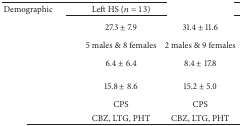
<table><thead><tr><td><b>Demographic</b></td><td><b>Left HS (<i>n</i> = 13)</b></td><td>[EMPTY_CELL]</td></tr></thead><tbody><tr><td>[EMPTY_CELL]</td><td>27.3 ± 7.9</td><td>31.4 ± 11.6</td></tr><tr><td>[EMPTY_CELL]</td><td>5 males &amp; 8 females</td><td>2 males &amp; 9 females</td></tr><tr><td>[EMPTY_CELL]</td><td>6.4 ± 6.4</td><td>8.4 ± 17.8</td></tr><tr><td>[EMPTY_CELL]</td><td>15.8 ± 8.6</td><td>15.2 ± 5.0</td></tr><tr><td>[EMPTY_CELL]</td><td>CPS</td><td>CPS</td></tr><tr><td>[EMPTY_CELL]</td><td>CBZ, LTG, PHT</td><td>CBZ, LTG, PHT</td></tr></tbody></table>